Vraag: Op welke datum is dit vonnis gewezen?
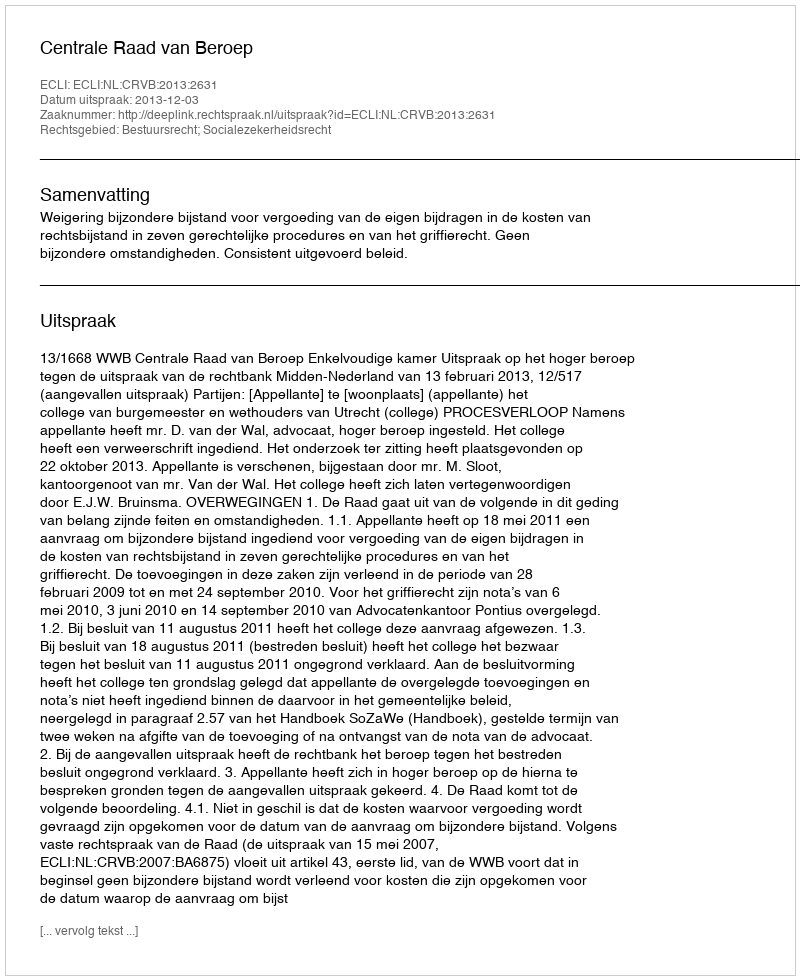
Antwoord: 2013-12-03